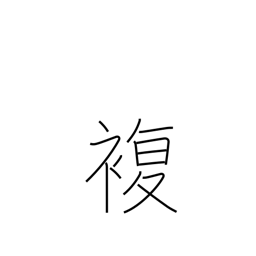
Meaning: double